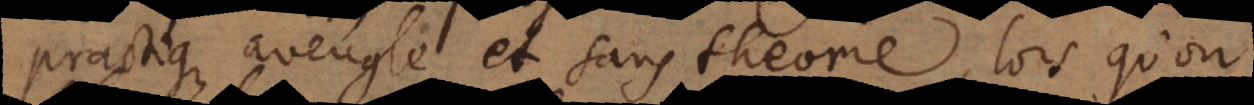
practique aveugle et sans theorie, lors qu’on